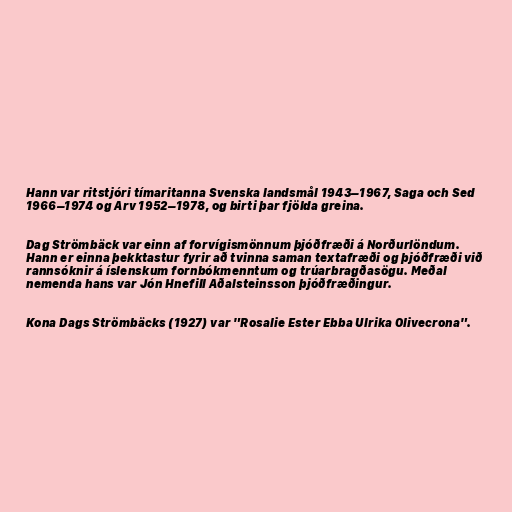
Hann var ritstjóri tímaritanna Svenska landsmål 1943–1967, Saga och Sed
1966–1974 og Arv 1952–1978, og birti þar fjölda greina.

Dag Strömbäck var einn af forvígismönnum þjóðfræði á Norðurlöndum.
Hann er einna þekktastur fyrir að tvinna saman textafræði og þjóðfræði við
rannsóknir á íslenskum fornbókmenntum og trúarbragðasögu. Meðal
nemenda hans var Jón Hnefill Aðalsteinsson þjóðfræðingur.

Kona Dags Strömbäcks (1927) var "Rosalie Ester Ebba Ulrika Olivecrona".